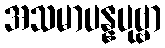
အသမာပန္နပုဗ္ဗာ